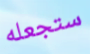
ستجعله